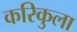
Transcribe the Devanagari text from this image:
करिकुला